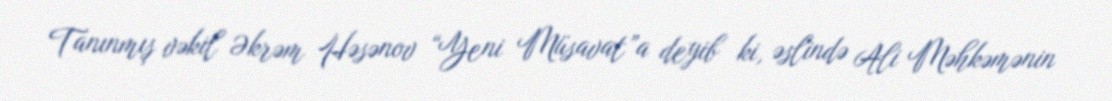
Tanınmış vəkil Əkrəm Həsənov “Yeni Müsavat”a deyib ki, əslində Ali Məhkəmənin